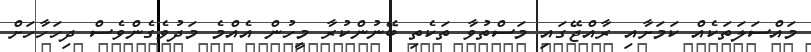
މައްސަލަތަކެއް ކަމަށާއި ރާއްޖޭގައި މަސްތުވާ ތަކެތި ބޭނުންކުރާ މީހުން އެއްމެ މަދުވެގެންވެސް ދިހަހާހަށް